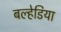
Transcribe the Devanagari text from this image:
बल्हेडिया